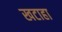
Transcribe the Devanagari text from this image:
खटाहा